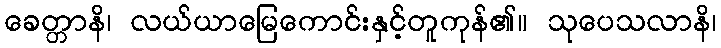
ခေတ္တာနိ၊ လယ်ယာမြေကောင်းနှင့်တူကုန်၏။ သုပေသလာနိ၊